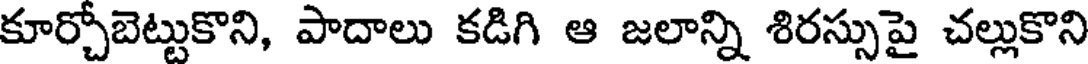
కూర్చోబెట్టుకొని, పాదాలు కడిగి ఆ జలాన్ని శిరస్సుపై చల్లుకొని